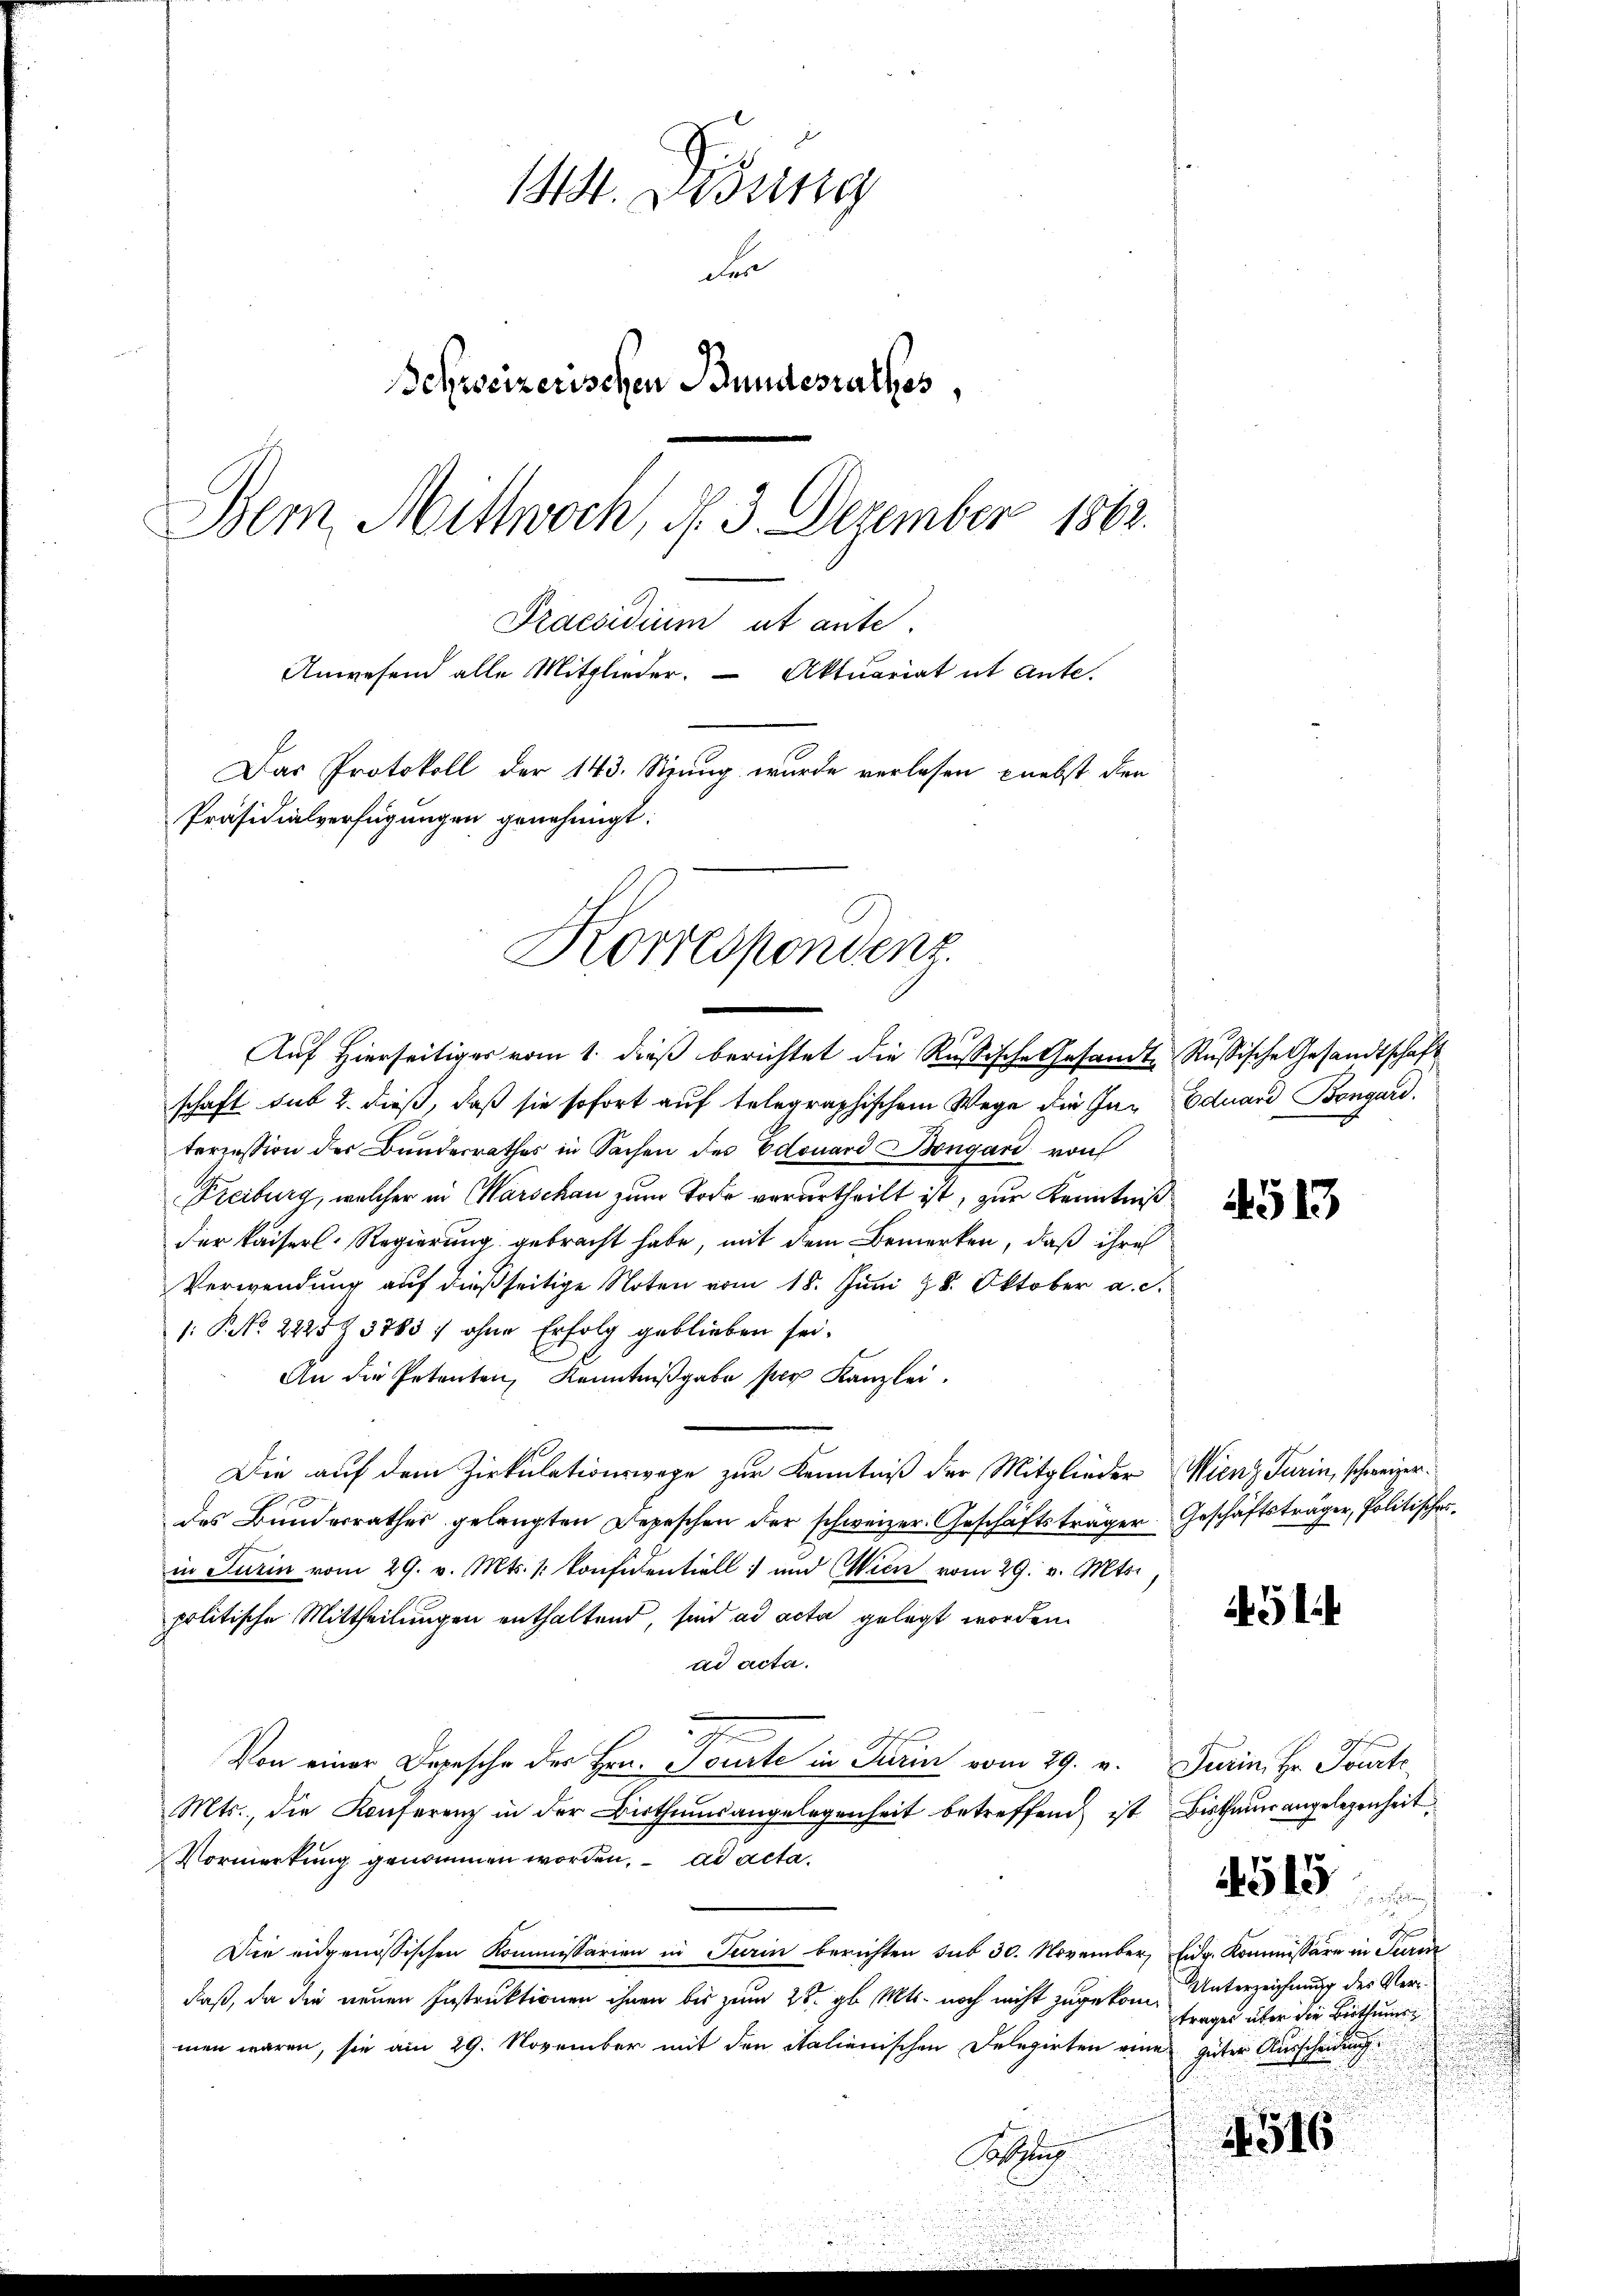
144. Didung
den
Behseizerischen Bundesrathes,
Bem Mittwoch, d. 3. Dezember 1862.
Praesidium et aute.
Anwesend alle Mitglieder. Aktuariat ut ante.
Das Protokoll der 143. Szung wurde verlesen nebst den
Präsidialverfügungen genehmigt:

schaft sub 2. dieß, daß sie sofort auf telegraphischem Wege die In- Eduard Bongard.
teression der Bundesrathes in Sachen des Edouard Bongard von
Freiburg, welcher in Marschau zum Tode verurtheilt ist, zur Kenntniß
der Kaiserl. Regierung gebracht habe, mit dem Bemerken, daß ihre
Verwendung auf dießseitige Noten vom 18. Juni 18. Oktober a. c.
: P. NNo. 2225Z 3785 : ohne Erfolg geblieben sei.
An die Petenten, Kenntnißgabe per Kanzlei.
Die auf dem Zirkulationswege zur Kenntniß der Mitglieder Wienz Turin, schweizerdes Bundesrathes gelangten Depeschen der schweizer Geschäftsträger Geschäftsträger, Politischer
in Turin vom 29. v. Mts. 1. Konfidentiell und Wien vom 29. v. Mts.
politische Mittheilungen enthaltend, sind ad acta gelegt worden.
ad acta.
Von einer Depesche der Hrn. Toute in Turin vom 29. v. Turin, Hr. Parte
Mts., die Konferenz in der Bisthumsangelegenheit betreffend ist Bisthaue angelegenheit
Vormerkung genommen worden. ad acta.
Die eidgenössischen Kommissarien in Turin berichten sub 30. November, Eidg. Kommissäre in Turm
daß, da die neuen Instruktionen ihnen bis zum 28. gl. Mts. noch nicht zugekommen wären, sie am 29. November mit den italienischen Delegirten eine
Auslag

Korrespondenz.
2
Auf Hierseitiges vom 1. dieß berichtet die Russische Gesandte Russische Gesandtschaft

4513

451

xx
Unterzeichnung des Vertragen über die Berthume
güter Ausscheidung
4516

4515

e